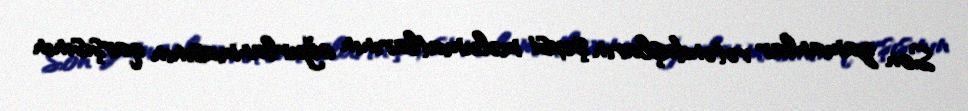
Son zamanlar vətəndaşların şəxsi məlumatlarının oğurlanmasının qarşısının